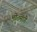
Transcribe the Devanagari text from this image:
भोतमांगे